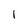
Character: 1